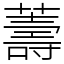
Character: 薵